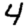
Digit: 4